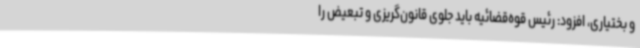
و بختیاری، افزود: رئیس قوه‌قضائیه باید جلوی قانون‌گریزی و تبعیض را